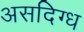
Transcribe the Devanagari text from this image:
असदिग्ध